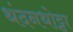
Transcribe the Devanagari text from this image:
थंदनथोट्टा